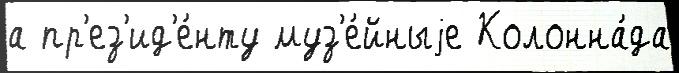
а пр'ез'ид'е́нту муз'е́йныjе Колонна́да